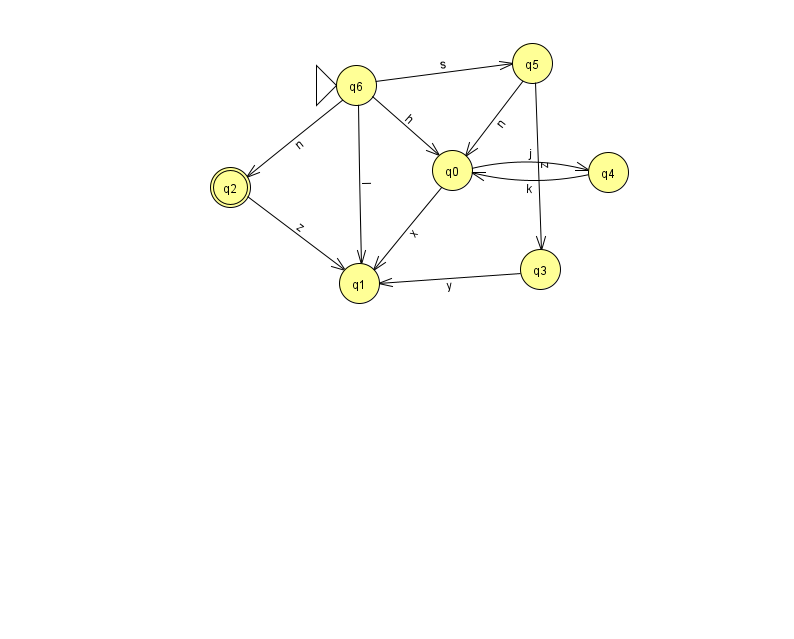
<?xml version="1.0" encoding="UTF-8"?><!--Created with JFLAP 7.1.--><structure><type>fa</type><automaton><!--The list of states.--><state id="0" name="q0"><x>452.0</x><y>157.0</y></state><state id="1" name="q1"><x>359.0</x><y>270.0</y></state><state id="2" name="q2"><x>230.0</x><y>174.0</y><final/></state><state id="3" name="q3"><x>540.0</x><y>256.0</y></state><state id="4" name="q4"><x>608.0</x><y>159.0</y></state><state id="5" name="q5"><x>532.0</x><y>50.0</y></state><state id="6" name="q6"><x>356.0</x><y>72.0</y><initial/></state><!--The list of transitions.--><transition><from>6</from><to>0</to><read>h</read></transition><transition><from>0</from><to>1</to><read>x</read></transition><transition><from>6</from><to>2</to><read>n</read></transition><transition><from>6</from><to>5</to><read>s</read></transition><transition><from>2</from><to>1</to><read>z</read></transition><transition><from>5</from><to>0</to><read>n</read></transition><transition><from>3</from><to>1</to><read>y</read></transition><transition><from>4</from><to>0</to><read>k</read></transition><transition><from>6</from><to>1</to><read>I</read></transition><transition><from>0</from><to>4</to><read>j</read></transition><transition><from>5</from><to>3</to><read>z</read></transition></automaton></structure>